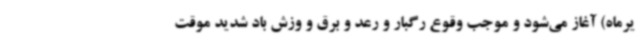
یرماه) آغاز می‌شود و موجب وقوع رگبار و رعد و برق و وزش باد شدید موقت